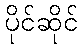
ပိုင်ဆိုင်